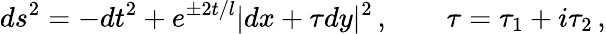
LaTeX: ds^{2}=-dt^{2}+e^{\pm 2t/l}|dx+\tau dy|^{2}\, ,\qquad\tau=\tau_{1}+i\tau_{2}\, ,